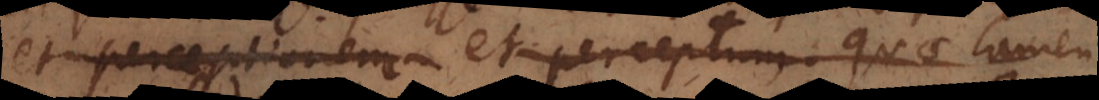
percipientem et perceptam, quae tamen